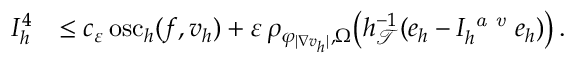
\begin{array} { r } { \begin{array} { r l } { I _ { h } ^ { 4 } } & { \leq c _ { \varepsilon } \, \mathrm { o s c } _ { h } ( f , v _ { h } ) + \varepsilon \, \rho _ { \varphi _ { \vert \nabla v _ { h } \vert } , \Omega } \big ( h _ { \mathcal { T } } ^ { - 1 } ( e _ { h } - I _ { h } ^ { \textit { a v } } e _ { h } ) \big ) \, . } \end{array} } \end{array}